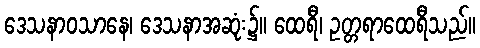
ဒေသနာဝသာနေ၊ ဒေသနာအဆုံး၌။ ထေရီ၊ ဥတ္တရာထေရီသည်။